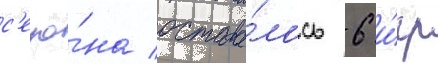
с'езо́на остава́лось 6 и́гр